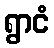
ရွာငံ